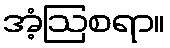
အံ့ဩစရာ။